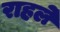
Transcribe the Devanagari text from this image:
राहले